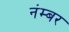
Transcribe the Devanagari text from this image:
नंम्बर